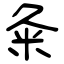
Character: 粂